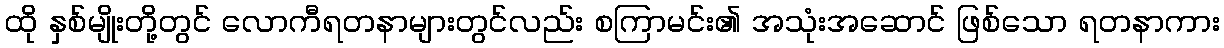
ထို နှစ်မျိုးတို့တွင် လောကီရတနာများတွင်လည်း စကြာမင်း၏ အသုံးအဆောင် ဖြစ်သော ရတနာကား